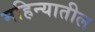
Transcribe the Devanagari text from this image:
महिन्‍यातील